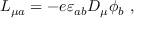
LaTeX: L _ { \mu a } = - e \varepsilon _ { a b } D _ { \mu } \phi _ { b } \ ,